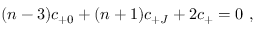
( n - 3 ) c _ { + 0 } + ( n + 1 ) c _ { + J } + 2 c _ { + } = 0 \ ,